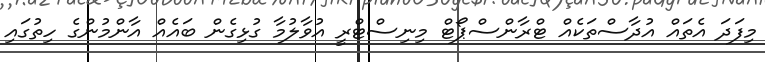
މިފަދަ އެތައް އުދާސްތަކެއް ޓްރާންސްޕޯޓް މިނިސްޓްރީ އުވާލުމާ ގުޅިގެން ބައެއް އާންމުންގެ ހިތުގައި